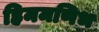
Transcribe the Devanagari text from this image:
हिममणिभ